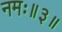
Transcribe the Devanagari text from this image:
नमः॥३॥